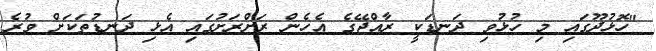
"ހޮޅުދޫގައި މި ހުޅުވި ދަނޑަކީ ރާއްޖޭގެ އެެހެން ރަށްރަށުގައި އެޅި ދަނޑުތަކަށް ވުރެ